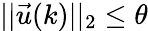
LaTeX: ||\vec{u}(k)||_{2}\leq\theta